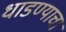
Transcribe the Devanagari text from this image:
धाडण्याचा